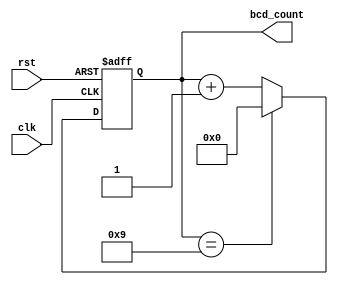
module BCD_Counter (
    input wire clk,
    input wire rst,
    output reg [3:0] bcd_count
);

reg [3:0] count;

always @(posedge clk or posedge rst) begin
    if (rst) begin
        count <= 4'b0000;
    end else begin
        if (count == 4'b1001) begin
            count <= 4'b0000;
        end else begin
            count <= count + 1;
        end
    end
end

assign bcd_count = count;

endmodule